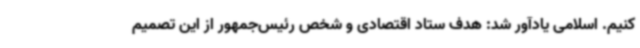
کنیم. اسلامی یادآور شد: هدف ستاد اقتصادی و شخص رئیس‌جمهور از این تصمیم